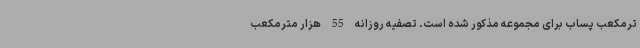
ترمکعب پساب برای مجموعه مذکور شده است. تصفیه روزانه 55 هزار مترمکعب